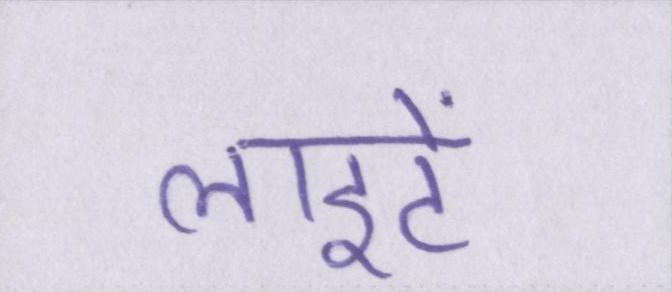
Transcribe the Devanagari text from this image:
लाइटें